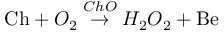
\mathrm { C h } + O _ { 2 } \stackrel { C h O } { \rightarrow } H _ { 2 } O _ { 2 } + \mathrm { B e }